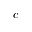
c